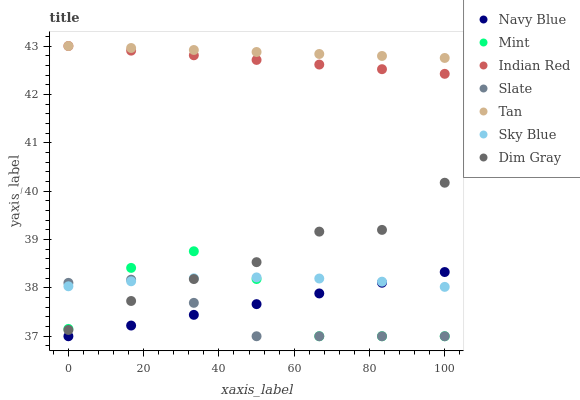
| xaxis_label | Navy Blue | Mint | Indian Red | Slate | Tan | Sky Blue | Dim Gray |
 | --- | --- | --- | --- | --- | --- | --- | --- |
 | 0 | 37 | 37.2 | 43 | 38.1 | 43 | 38 | 37.1 |
 | 16.7 | 37.2 | 38.4 | 42.9 | 38.2 | 43 | 38.1 | 37.7 |
 | 33.3 | 37.4 | 38.8 | 42.8 | 37.7 | 42.9 | 38.2 | 38.2 |
 | 50 | 37.7 | 38.2 | 42.7 | 37 | 42.9 | 38.2 | 38.5 |
 | 66.7 | 37.9 | 37 | 42.6 | 37 | 42.8 | 38.2 | 39.2 |
 | 83.3 | 38.1 | 37 | 42.5 | 37 | 42.8 | 38.1 | 39.2 |
 | 100 | 38.3 | 37 | 42.4 | 37 | 42.8 | 38 | 40.2 |